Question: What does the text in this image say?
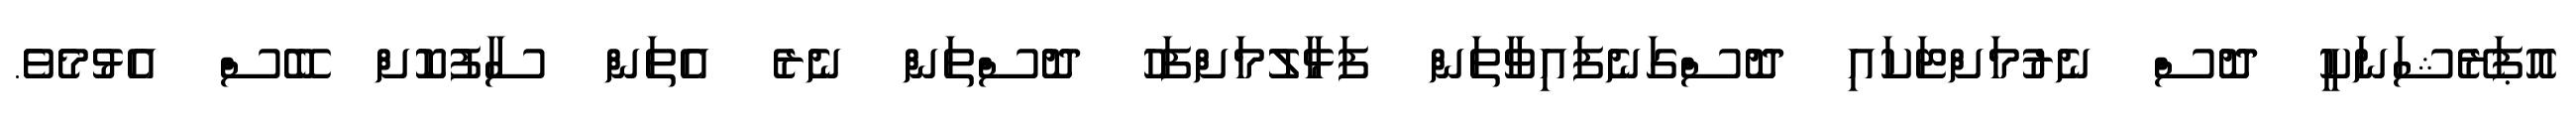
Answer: އޮޕަރޭޝަނަކީ ދޮސް ނެރުމަށްޓަކައި ދޮސްގަނެފައިވާތަން ފަޅާލުމަށްފަހު ދޮސްތަން ނެރެ އެތަން ސާފުކޮށް ބޭސް އެޅުމެވެ.